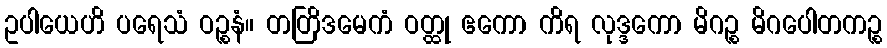
ဥပါယေဟိ ပရေသံ ဝဉ္စနံ။ တတြိဒမေကံ ဝတ္ထု ဧကော ကိရ လုဒ္ဒကော မိဂဉ္စ မိဂပေါတကဉ္စ